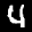
Label: 4